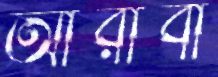
আরাবী